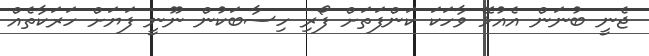
ޖެނީ ބުނަން އެއުޅޭ ވާހަކަ ކަންފަތަށް ފޯރި ހިސާބަކުން ނޫނީ ފަޔަށް ހަރަކާތެއް